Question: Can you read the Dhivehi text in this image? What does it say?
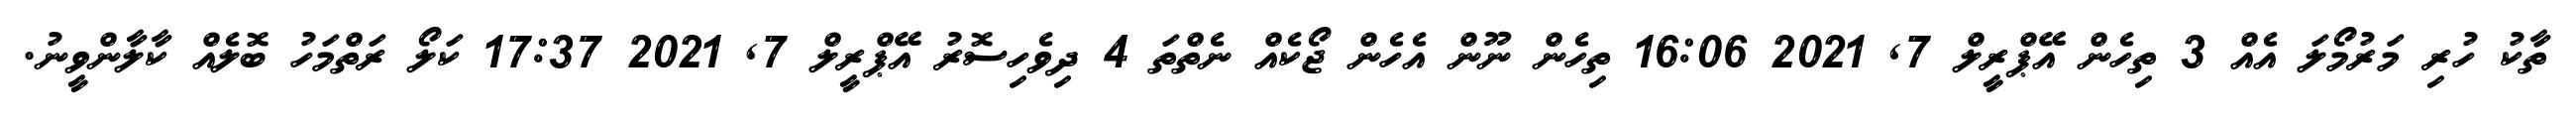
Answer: ތާކު ހުރި މަރުމޯލަ އެއް 3 ތިހެން އޭޕްރީލް 7, 2021 16:06 ތިހެން ނޫން އެހެން ޖޯކެއް ނެތްތަ 4 ދިވެހިސޮރު އޭޕްރީލް 7, 2021 17:37 ކަލޯ ރަތްމަހު ބޮލެއް ކާލާންވީނު.